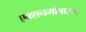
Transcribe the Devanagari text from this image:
एक्शनमोबाइल